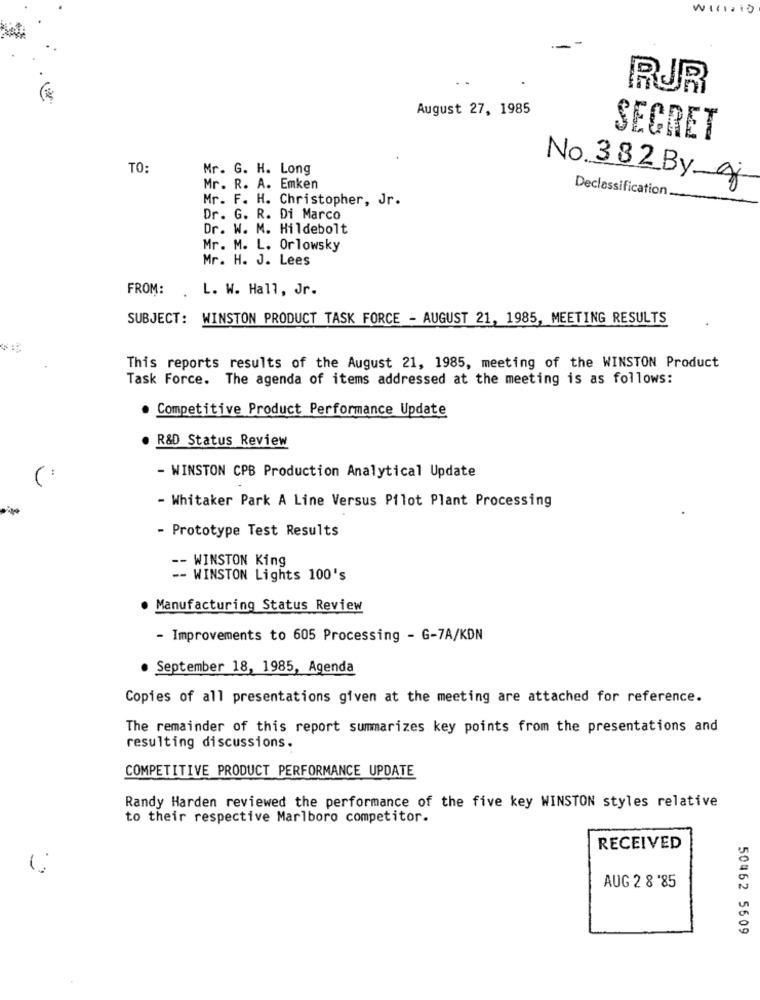
WInRIO
RUR
August 27, 1985
SECRET
TO:
Mr. G. H. Long
No. 382By gi
Mr. R. A. Emken
Declassification.
Mr. F. H. Christopher, Jr.
Dr. G. R. Di Marco
Dr. W. M. Hildebolt
Mr. M. L. Orlowsky
Mr. H. J. Lees
FROM:
L. W. Hall, Jr.
SUBJECT: WINSTON PRODUCT TASK FORCE - AUGUST 21, 1985, MEETING RESULTS
This reports results of the August 21, 1985, meeting of the WINSTON Product
Task Force. The agenda of items addressed at the meeting is as follows:
. Competitive Product Performance Update
R&D Status Review
(
- WINSTON CPB Production Analytical Update
- Whitaker Park A Line Versus Pilot Plant Processing
- Prototype Test Results
- WINSTON King
-- WINSTON Lights 100's
. Manufacturing Status Review
- Improvements to 605 Processing - G-7A/KDN
. September 18, 1985, Agenda
Copies of all presentations given at the meeting are attached for reference.
The remainder of this report summarizes key points from the presentations and
resulting discussions.
COMPETITIVE PRODUCT PERFORMANCE UPDATE
Randy Harden reviewed the performance of the five key WINSTON styles relative
to their respective Marlboro competitor.
RECEIVED
AUG 2 8 '85
50462 5609